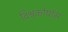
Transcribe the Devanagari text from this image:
विश्वकोषॉम